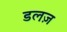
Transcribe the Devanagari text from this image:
डलज़